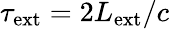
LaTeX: \tau_{\mathrm{ext}}=2L_{\mathrm{ext}}/c